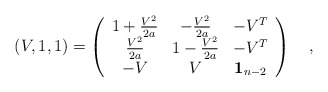
\begin{align*}\left( V,1,1\right) =\left( \begin{array}{ccc}1+\frac{V^2}{2a} & -\frac{V^2}{2a} & -V^T \\ \frac{V^2}{2a} & 1-\frac{V^2}{2a} & -V^T \\ -V & V & {\bf 1}_{n-2} \end{array}\right) \quad ,\end{align*}